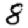
Digit: 8